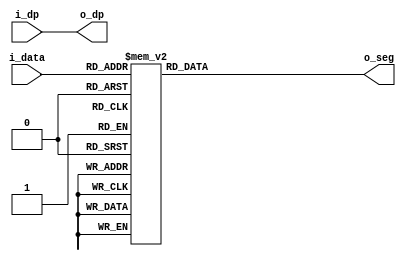
module seg_display(
	input [3:0] i_data,
	input i_dp,
	
	output [6:0] o_seg,
	output o_dp
);

reg [6:0] r_seg;
assign o_dp = i_dp;
assign o_seg = r_seg;

always @(*)
	begin
		case(i_data)
			4'b0000:r_seg = 8'hc0;
			4'b0001:r_seg = 8'hf9;
			4'b0010:r_seg = 8'ha4;
			4'b0011:r_seg = 8'hb0;
			4'b0100:r_seg = 8'h99;
			4'b0101:r_seg = 8'h92;
			4'b0110:r_seg = 8'h82;
			4'b0111:r_seg = 8'hf8;
			4'b1000:r_seg = 8'h80;
			4'b1001:r_seg = 8'h90;
			4'b1010:r_seg = 8'hbf;
			
			default:r_seg = 8'hff;
		endcase
	end
endmodule